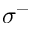
\sigma ^ { - }